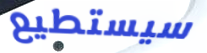
سيستطيع